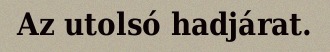
Az utolsó hadjárat.